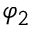
\varphi _ { 2 }